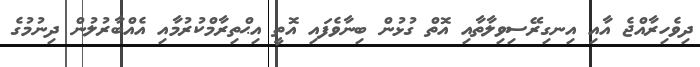
ދިވެހިރާއްޖެ އާއި އިނގިރޭސިވިލާތާއި އޮތް ގުޅުން ބިނާވެފައި އޮތީ އިޙްތިރާމްކުރުމާއި އެއްބާރުލުން ދިނުމުގެ